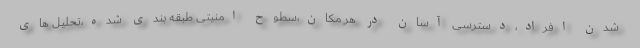
شدن افراد،دسترسی آسان در هر مکان،سطوح امنیتی طبقه بندی شده،تحلیل های